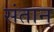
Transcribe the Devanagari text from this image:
संतान्